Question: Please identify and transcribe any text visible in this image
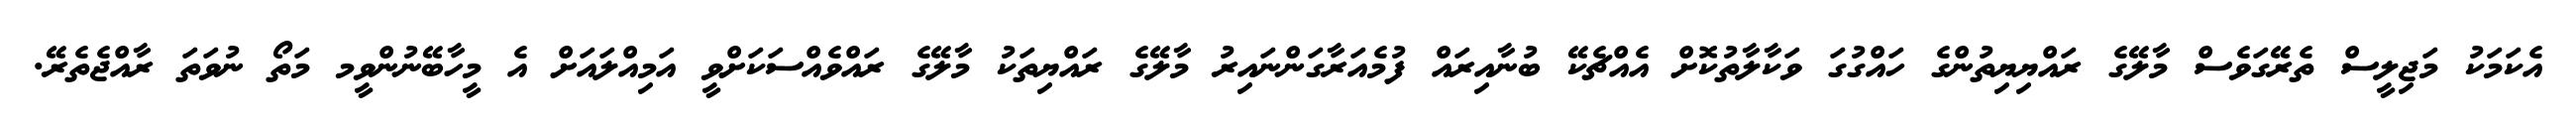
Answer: އެކަމަކު މަޖިލީސް ތެރޭގަވެސް މާލޭގެ ރައްޔިޔިތުންގެ ހައްގުގަ ވަކާލާތުކޮށް އެއްޗެކޭ ބުނާއިރައް ފުމެއަރާގަންނައިރު މާލޭގެ ރައްޔިތަކު މާލޭގެ ރައްވެއްސަކަށްވީ އަމިއްލައަށް އެ މީހާބޭނުންވީމ މަތޯ ނުވަތަ ރާއްޖެތެރޭ.